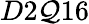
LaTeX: D2\mathcal{Q}16